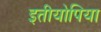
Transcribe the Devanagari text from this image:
इतीयोपिया